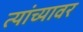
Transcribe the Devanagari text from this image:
त्यांच्यावर